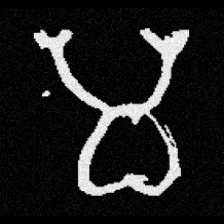
Pyu character \u2014 Myanmar letter: မ (romanized: ma)